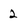
Character: 2